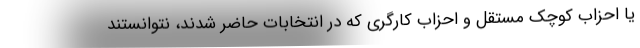
یا احزاب کوچک مستقل و احزاب کارگری که در انتخابات حاضر شدند، نتوانستند